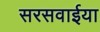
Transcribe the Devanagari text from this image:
सरसवाईया